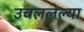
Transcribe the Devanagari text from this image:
उचललेल्या